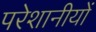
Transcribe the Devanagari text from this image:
परेशानीयों